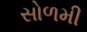
સોળમી